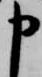
申